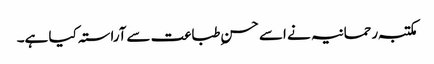
مکتبہ رحمانیہ نے اسے حسن ِطباعت سےآراستہ کیا ہے۔